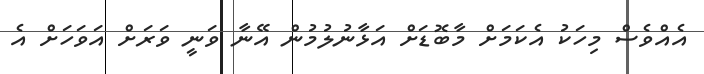
އެެއްވެސް މިހަކު އެކަމަށް މާބޮޑަށް އަޅާނުލުމުން އޭނާ ވަނީ ވަރަށް އަވަހަށް އެ